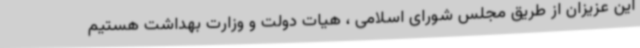
این عزیزان از طریق مجلس شورای اسلامی ، هیات دولت و وزارت بهداشت هستیم